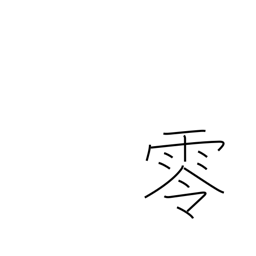
Meaning: overflow